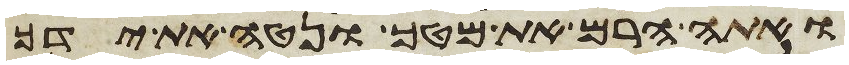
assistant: ואתה הרם את מטך ונטה את ידך